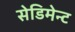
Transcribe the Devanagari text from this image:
सेडिमेन्ट